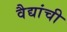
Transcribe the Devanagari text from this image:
वैद्यांची